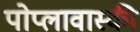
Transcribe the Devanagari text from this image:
पोप्लावास्की